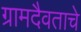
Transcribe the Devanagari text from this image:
ग्रामदैवताचे